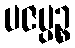
ပဇပ္ပဉ္စ